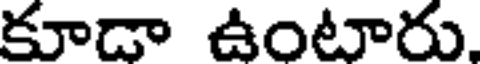
కూడా ఉంటారు.